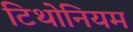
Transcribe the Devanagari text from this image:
टिथोनियम